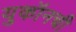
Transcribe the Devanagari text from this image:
युकॉनची